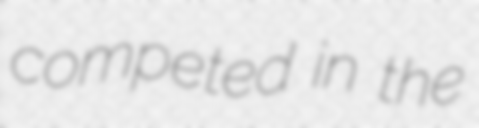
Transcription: competed in the